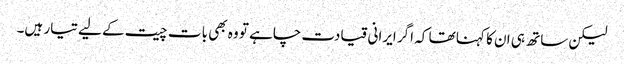
لیکن ساتھ ہی ان کا کہنا تھا کہ اگر ایرانی قیادت چاہے تو وہ بھی بات چیت کے لیے تیار ہیں۔